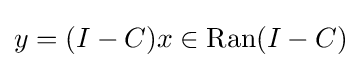
{\textstyle y=(I-C)x\in \operatorname {Ran} (I-C)}